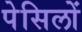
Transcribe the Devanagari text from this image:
पेसिलों